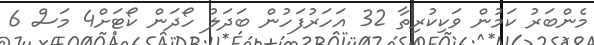
މެންބަރު ކަމުން ވަކިކުރިތާ 32 އަހަރުފަހުން ބަދަލު ހޯދަން ކޯޓަށް4 މަސް 6